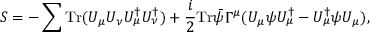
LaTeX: S = - \sum { \mathrm { T r } ( { { U } _ { \mu } { U } _ { \nu } { U } _ { \mu } ^ { \dagger } { U } _ { \nu } ^ { \dagger } } ) } + \frac { i } { 2 } \mathrm { T r } { { \bar { \psi } } { \Gamma ^ { \mu } } ( U _ { \mu } \psi U _ { \mu } ^ { \dagger } - U _ { \mu } ^ { \dagger } \psi U _ { \mu } ) } ,